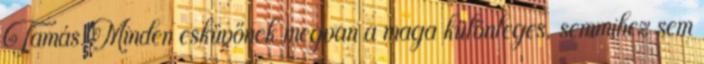
Tamás Minden esküvőnek megvan a maga különleges, semmihez sem